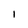
Character: I